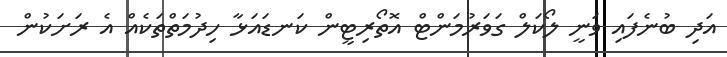
އަދި ބުނެފައި ވަނީ ލޯކަލް ގަވަރުމަންޓް އޮތޯރިޓީން ކަނޑައަަޅާ ހިދުމަތްތަކެއް އެ ރަށަކުން